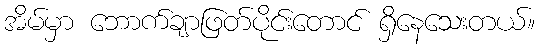
အိမ်မှာ ဘောက်ချာဖြတ်ပိုင်းတောင် ရှိနေသေးတယ်။